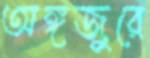
অঙ্গজুরে